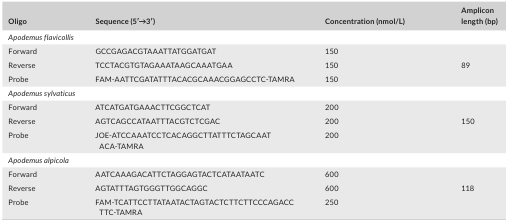
| Oligo | Sequence (5′→3′) | Concentration (nmol/L) | Amplicon length (bp) |
 | --- | --- | --- | --- |
 | <COLSPAN=4> Apodemus flavicollis |
 | Forward | GCCGAGACGTAAATTATGGATGAT | 150 |  |
 | Reverse | TCCTACGTGTAGAAATAAGCAAATGAA | 150 | 89 |
 | Probe | FAM‐AATTCGATATTTACACGCAAACGGAGCCTC‐TAMRA | 150 |  |
 | <COLSPAN=4> Apodemus sylvaticus |
 | Forward | ATCATGATGAAACTTCGGCTCAT | 200 |  |
 | Reverse | AGTCAGCCATAATTTACGTCTCGAC | 200 | 150 |
 | Probe | JOE‐ATCCAAATCCTCACAGGCTTATTTCTAGCAATACA‐TAMRA | 200 |  |
 | <COLSPAN=4> Apodemus alpicola |
 | Forward | AATCAAAGACATTCTAGGAGTACTCATAATAATC | 600 |  |
 | Reverse | AGTATTTAGTGGGTTGGCAGGC | 600 | 118 |
 | Probe | FAM‐TCATTCCTTATAATACTAGTACTCTTCTTCCCAGACCTTC‐TAMRA | 250 |  |